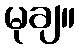
မုချ။